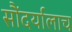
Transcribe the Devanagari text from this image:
सौंदर्यालाच